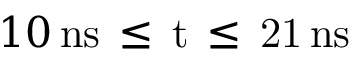
1 0 \, \mathrm { { n s } \, \leq \, t \, \leq \, 2 1 \, \mathrm { { n s } } }